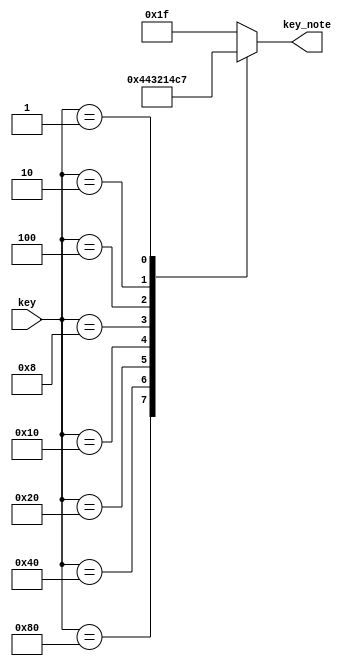
`timescale 1ns / 1ps
//////////////////////////////////////////////////////////////////////////////////
// Company: 
// Engineer: 
// 
// Design Name: 
// Module Name: Multi8_5
// Project Name: 
// Target Devices: 
// Tool Versions: 
// Description: 
// 
// Dependencies: 
// 
// Revision:
// Revision 0.01 - File Created
// Additional Comments:
// 
//////////////////////////////////////////////////////////////////////////////////
`timescale 1ns / 1ps

module Multi8_5(
    input [7:0]key,
    output reg [4:0]key_note
    );
    always @* begin
                case(key)
                        8'b1000_0000: begin key_note= 5'b00000; end
                        8'b0100_0000: begin key_note= 5'b00001; end
                        8'b0010_0000: begin key_note= 5'b00010; end
                        8'b0001_0000: begin key_note= 5'b00011; end
                        8'b0000_1000: begin key_note= 5'b00100; end
                        8'b0000_0100: begin key_note= 5'b00101; end
                        8'b0000_0010: begin key_note= 5'b00110; end
                        8'b0000_0001: begin key_note= 5'b00111; end
                        default  begin key_note= 5'b11111;end//
                endcase
            end
endmodule